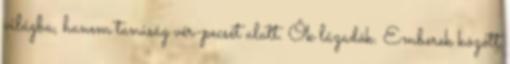
világba, hanem tanúság vér-pecsét alatt. Ők lázadók. Emberek között